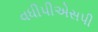
વધીપીએસપી